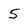
Character: 5